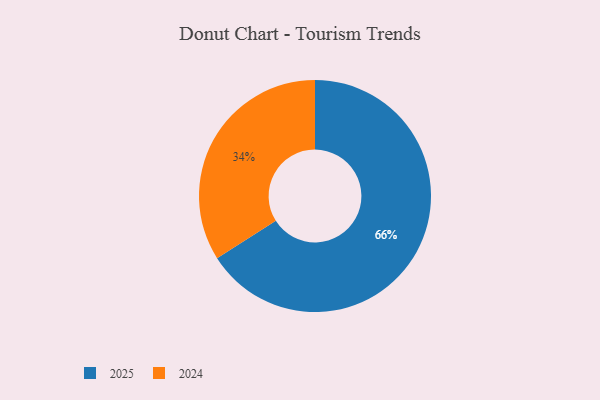
{"axis": {"x": "Category", "y": "Percentage"}, "legend": ["2024", "2025"], "data": [{"x": "2024", "y": 34, "type": "2024"}, {"x": "2025", "y": 66, "type": "2025"}]}